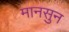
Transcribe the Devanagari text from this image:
मानसुन